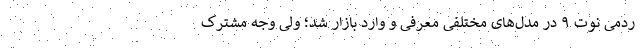
ردمی نوت ۹ در مدل‌های مختلفی معرفی و وارد بازار شد؛ ولی وجه مشترک